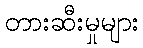
တားဆီးမှုများ